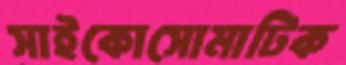
সাইকোসোমাটিক